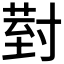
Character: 𭔹